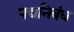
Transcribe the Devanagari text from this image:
पद्यनिबंध